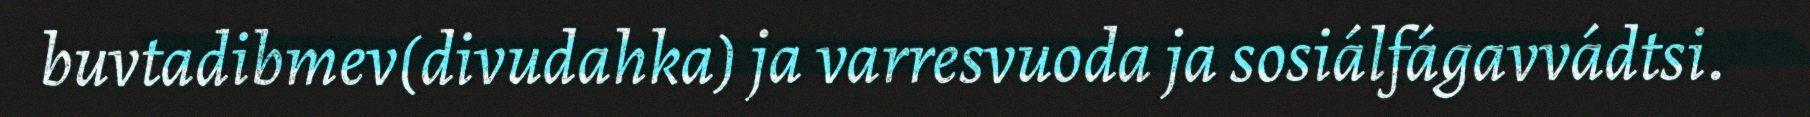
buvtadibmev(divudahka) ja varresvuoda ja sosiálfágavvádtsi.